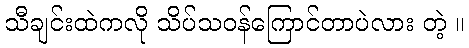
သီချင်းထဲကလို သိပ်သဝန်ကြောင်တာပဲလား တဲ့ ။